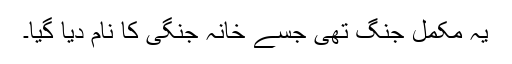
یہ مکمل جنگ تھی جسے خانہ جنگی کا نام دیا گیا۔